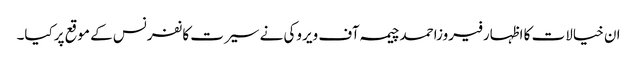
ان خیالات کا اظہارفیروزاحمدچیمہ آف ویروکی نے سیرت کانفرنس کے موقع پرکیا۔